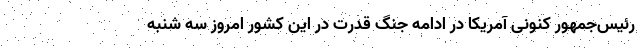
رئیس‌جمهور کنونی آمریکا در ادامه جنگ قدرت در این کشور امروز سه شنبه